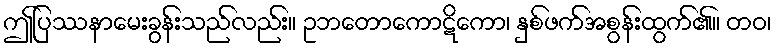
ဤပြဿနာမေးခွန်းသည်လည်း။ ဥဘတောကောဋိကော၊ နှစ်ဖက်အစွန်းထွက်၏။ တဝ၊